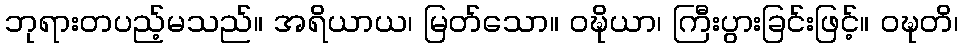
ဘုရားတပည့်မသည်။ အရိယာယ၊ မြတ်သော။ ဝဍ္ဎိယာ၊ ကြီးပွားခြင်းဖြင့်။ ဝဍ္ဎတိ၊